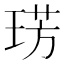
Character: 𭹛